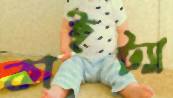
কাইট্যা